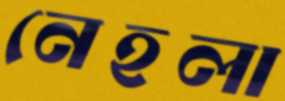
নেহলা